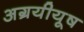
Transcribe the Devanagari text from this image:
अग्रयीयूष